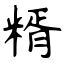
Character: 糈